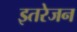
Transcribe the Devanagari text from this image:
इतरेजन